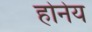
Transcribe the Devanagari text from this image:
होनेय